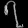
Digit: ၇